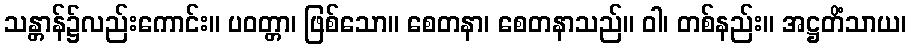
သန္တာန်၌လည်းကောင်း။ ပဝတ္တာ၊ ဖြစ်သော။ စေတနာ၊ စေတနာသည်။ ဝါ၊ တစ်နည်း။ အဋ္ဌတိံသာယ၊